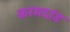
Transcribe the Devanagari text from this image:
करमदांड